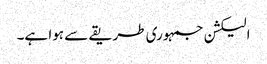
الیکشن جمہوری طریقے سے ہوا ہے۔